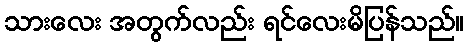
သားလေး အတွက်လည်း ရင်လေးမိပြန်သည်။